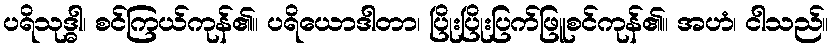
ပရိသုဒ္ဓါ၊ စင်ကြယ်ကုန်၏။ ပရိယောဒါတာ၊ ပြိုးပြိုးပြက်ဖြူစင်ကုန်၏။ အဟံ၊ ငါသည်။